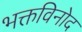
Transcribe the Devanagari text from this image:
भक्तविनोद